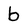
Character: b